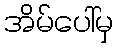
အိမ်ပေါ်မှ